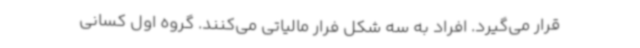
قرار می‌گیرد. افراد به سه شکل فرار مالیاتی می‌کنند. گروه اول کسانی